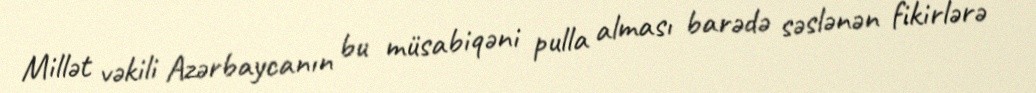
Millət vəkili Azərbaycanın bu müsabiqəni pulla alması barədə səslənən fikirlərə